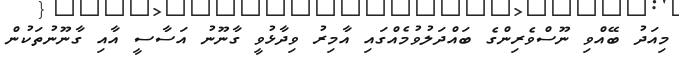
މިއަދު ބޭއްވި ނޫސްވެރިންގެ ބައްދަލުވުމެއްގައި އާމިރު ވިދާޅުވީ ގާނޫނު އަސާސީ އާއި ގާނޫނުތަކުން